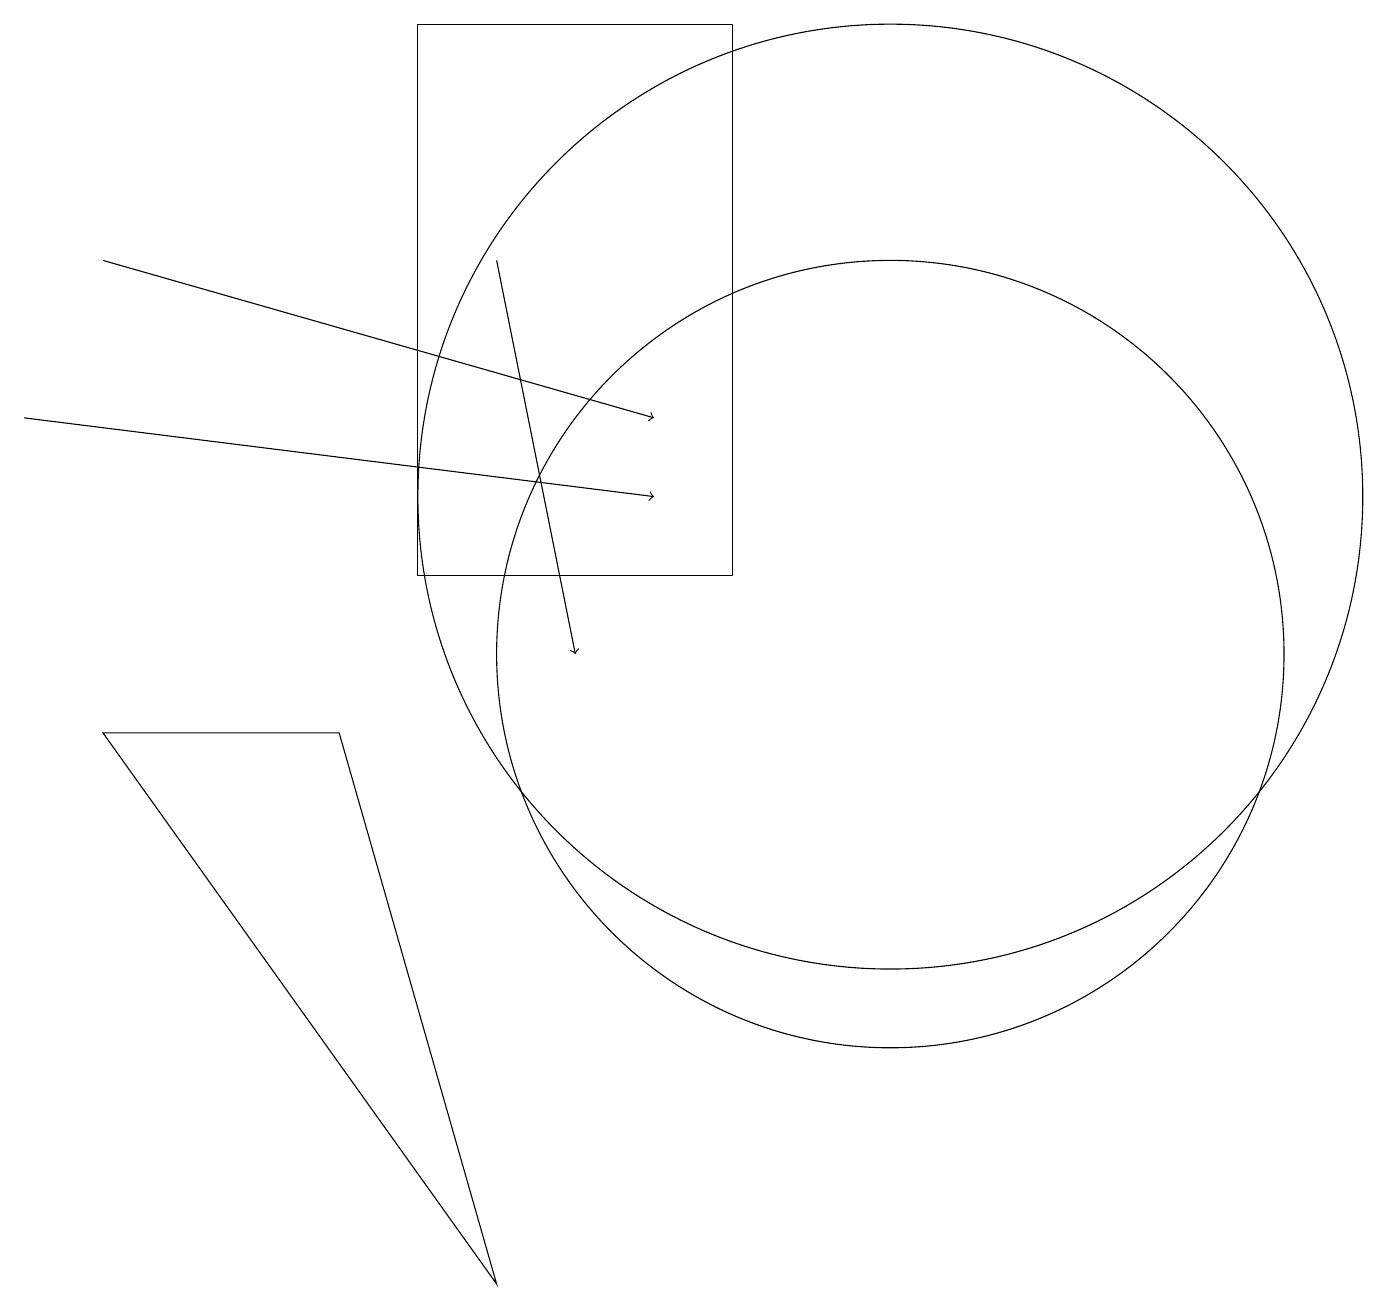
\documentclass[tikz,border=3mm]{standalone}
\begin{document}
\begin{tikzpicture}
\draw[->] (1,15) -- (8,13);
\draw (9,11) rectangle (5,18);
\draw (11,10) circle (5);
\draw (11,12) circle (6);
\draw[->] (0,13) -- (8,12);
\draw (6,2) -- (1,9) -- (4,9) -- cycle;
\draw[->] (6,15) -- (7,10);
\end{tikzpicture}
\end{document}